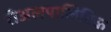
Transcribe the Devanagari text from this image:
रीअलपालिटिक